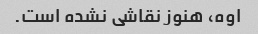
اوه، هنوز نقاشی نشده است.